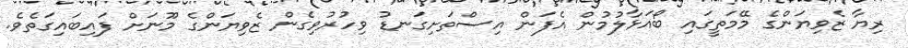
ރިޔާ ޒެވިޔަންގެ މޭމަތީގައި ބޯއަޅާލުމުން އެފަން އިސްތަށިގަނޑު ވިހުރުވިގެން ޒެވިޔަންގެ މޫނަށް ފައިބައިގަތެވެ.